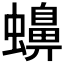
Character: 𧓧